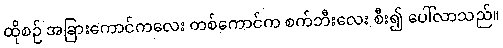
ထိုစဉ် အခြားကောင်ကလေး တစ်ကောင်က စက်ဘီးလေး စီး၍ ပေါ်လာသည်။